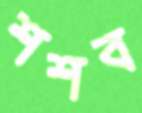
শশব